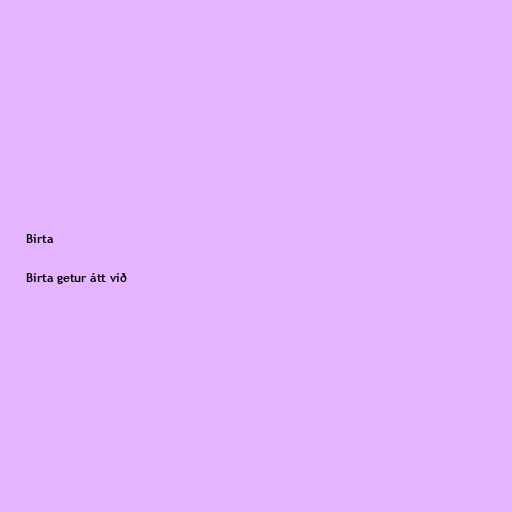
Birta

Birta getur átt við